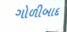
ગોળીબાદ